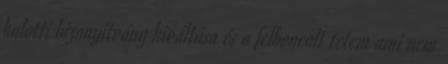
halotti bizonyítvány kiváltása és a felboncolt tetem ami nem